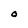
Character: O